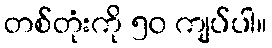
တစ်တုံးကို ၅၀ ကျပ်ပါ။